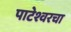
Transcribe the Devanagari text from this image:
पाटेश्वरचा